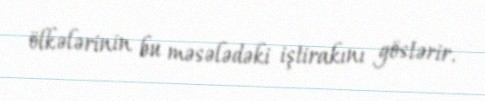
ölkələrinin bu məsələdəki iştirakını göstərir.